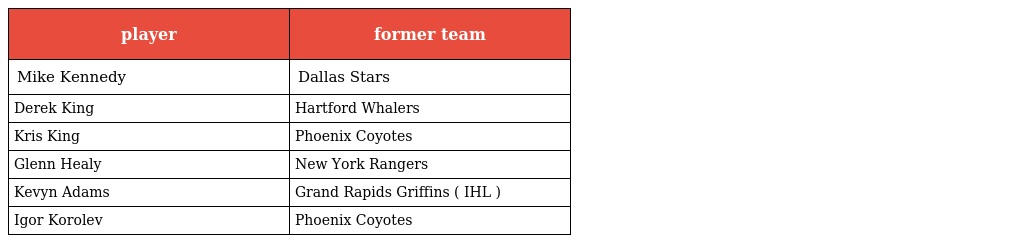
| player | former team |
 | --- | --- |
 | Mike Kennedy | Dallas Stars |
 | Derek King | Hartford Whalers |
 | Kris King | Phoenix Coyotes |
 | Glenn Healy | New York Rangers |
 | Kevyn Adams | Grand Rapids Griffins ( IHL ) |
 | Igor Korolev | Phoenix Coyotes |